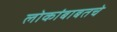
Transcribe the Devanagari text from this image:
लोकांबाबतचे